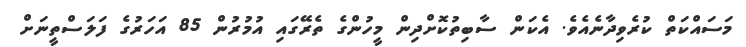
މަސައްކަތް ކުރެވިދާނެއެވެ. އެކަން ސާބިތުކޮށްދިން މީހުންގެ ތެރޭގައި އުމުރުން 85 އަހަރުގެ ފަލަސްތީނަށް